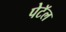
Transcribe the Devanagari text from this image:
पेटॅल